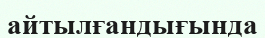
айтылғандығында